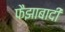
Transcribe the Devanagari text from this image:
फैझाबादी